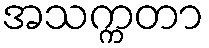
အသက္ကတာ